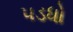
પડધો